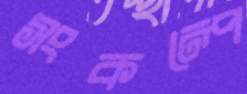
সংকল্পে